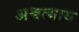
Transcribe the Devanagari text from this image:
अश्वत्थाय